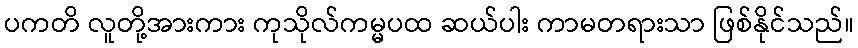
ပကတိ လူတို့အားကား ကုသိုလ်ကမ္မပထ ဆယ်ပါး ကာမတရားသာ ဖြစ်နိုင်သည်။